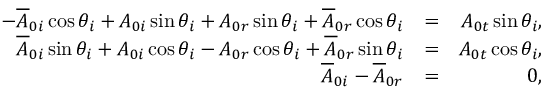
\begin{array} { r l r } { - \overline { { A } } _ { 0 i } \cos \theta _ { i } + A _ { 0 i } \sin \theta _ { i } + A _ { 0 r } \sin \theta _ { i } + \overline { { A } } _ { 0 r } \cos \theta _ { i } } & { = } & { A _ { 0 t } \sin \theta _ { i } , } \\ { \overline { { A } } _ { 0 i } \sin \theta _ { i } + A _ { 0 i } \cos \theta _ { i } - A _ { 0 r } \cos \theta _ { i } + \overline { { A } } _ { 0 r } \sin \theta _ { i } } & { = } & { A _ { 0 t } \cos \theta _ { i } , } \\ { \overline { { A } } _ { 0 i } - \overline { { A } } _ { 0 r } } & { = } & { 0 , } \end{array}